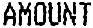
AMOUNT